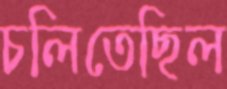
চলিতেছিল